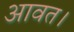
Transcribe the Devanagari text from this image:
आवत।